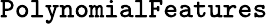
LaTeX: \texttt{PolynomialFeatures}